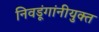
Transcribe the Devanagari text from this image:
निवडूंगांनीयुक्त